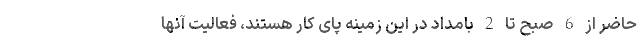
حاضر از 6 صبح تا 2 بامداد در این زمینه پای کار هستند، فعالیت آنها